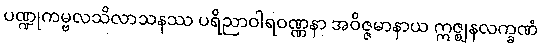
ပဏ္ဍုကမ္ဗလသိလာသနဿ ပရိညာဝါရဝဏ္ဏနာ အဝိဇ္ဇမာနာယ ဣဇ္ဈနလက္ခဏံ